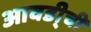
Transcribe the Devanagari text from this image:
आवडी्ची